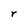
Character: r